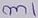
Text: m1